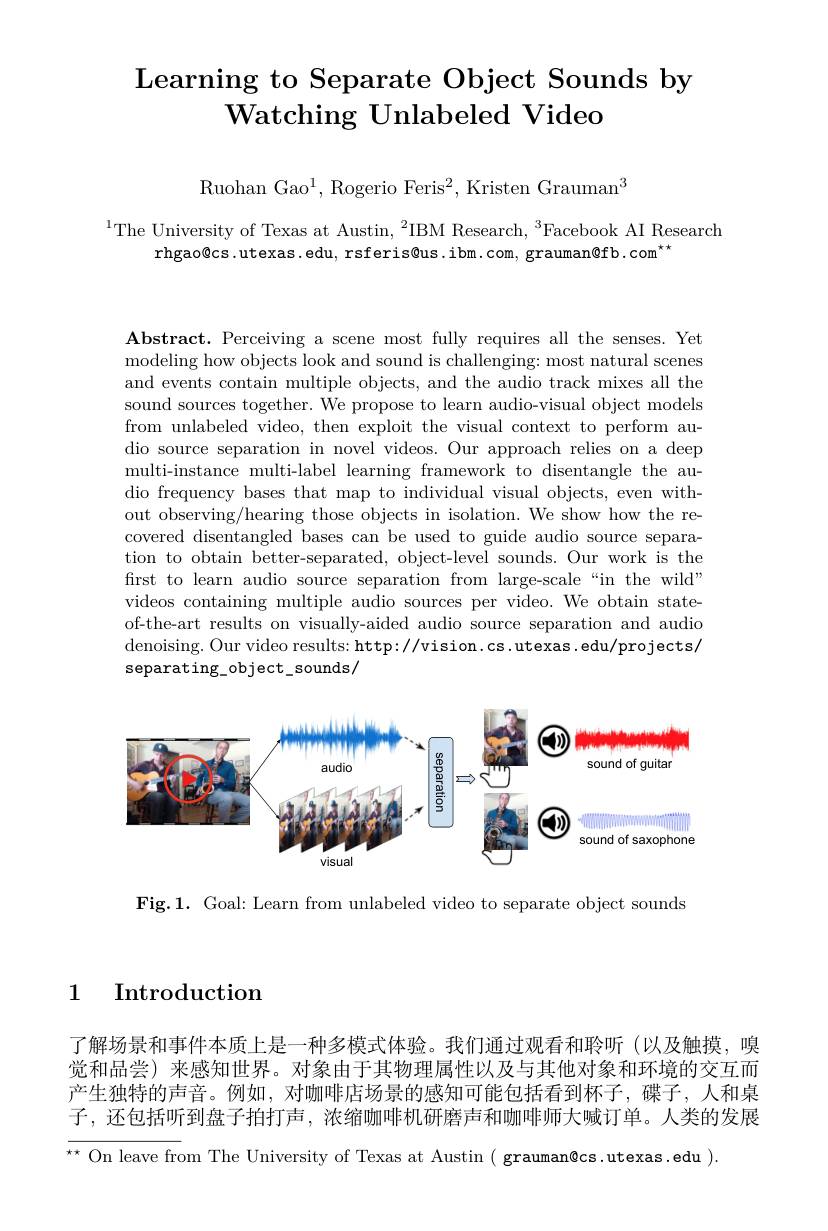
# Learning to Separate Object Sounds by $\textbf{Watching Unlabeled Video}$

Ruohan Gao$^1$, Rogerio Feris$^2$, Kristen Grauman$^3$

$^{1}$The University of Texas at Austin, $^2$IBM Research, $^3$Facebook AI Research
rhgao@cs.utexas.edu, rsferis@us.ibm.com, grauman@fb.com$^{\star\star}$

Abstract. Perceiving a scene most fully requires all the senses. Yet modeling how objects look and sound is challenging: most natural scenes and events contain multiple objects, and the audio track mixes all the sound sources together. We propose to learn audio-visual object models from unlabeled video, then exploit the visual context to perform audio source separation in novel videos. Our approach relies on a deep multi-instance multi-label learning framework to disentangle the audio frequency bases that map to individual visual objects, even without observing/hearing those objects in isolation. We show how the recovered disentangled bases can be used to guide audio source separation to obtain better-separated, object-level sounds. Our work is the first to learn audio source separation from large-scale“in the wild” videos containing multiple audio sources per video. We obtain stateof-the-art results on visually-aided audio source separation and audio denoising. Our video results: http://vision.cs.utexas.edu/projects/ separating_object_sounds/

<FigureHere>

Fig.1. Goal: Learn from unlabeled video to separate object sounds

1 Introduction

了解场景和事件本质上是一种多模式体验。我们通过观看和聆听(以及触摸，嗅觉和品尝)来感知世界。对象由于其物理属性以及与其他对象和环境的交互而产生独特的声音。例如，对咖啡店场景的感知可能包括看到杯子，碟子，人和桌子，还包括听到盘子拍打声，浓缩咖啡机研磨声和咖啡师大喊订单。人类的发展$^{\star\star}$ On leave from The University of Texas at Austin( grauman@cs.utexas.edu ).